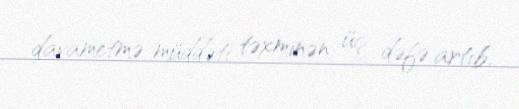
davametmə müddəti təxminən üç dəfə artıb.